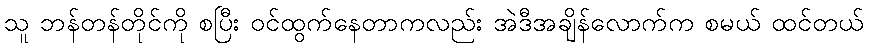
သူ ဘန်တန်တိုင်ကို စပြီး ဝင်ထွက်နေတာကလည်း အဲဒီအချိန်လောက်က စမယ် ထင်တယ်